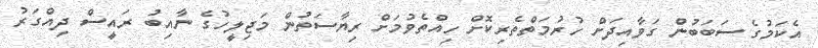
އެކަމުގެ ސަބަބުން ގަވާއިދަށް ހުރުމަތްތެރިކޮށް ހިއްތެވުމަށް ރިޔާސަތުން މަޖިލީހުގެ ނާއިބު ރައީސް ދިއްގަރު